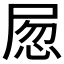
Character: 𡱽